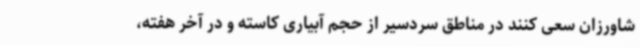
شاورزان سعی کنند در مناطق سردسیر از حجم آبیاری کاسته و در آخر هفته،